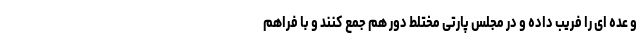
و عده ای را فریب داده و در مجلس پارتی مختلط دور هم جمع کنند و با فراهم